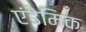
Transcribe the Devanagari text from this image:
एंडेमिक